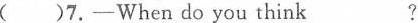
()7.——Whendo you think___ ?